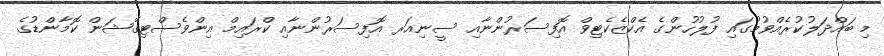
މި ބައްދަލުކުރެއްވުމުގައި ފުލުހުންގެ އެކްޒެކެޓިވް އޮފިސަރުންނާއި ސީނިއަރ އޮފިސަރުންނާއި ކްރައިމް އިންވެސްޓިގޭޝަން ކޮމާންޑުގެ